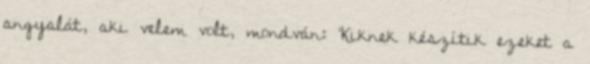
angyalát, aki velem volt, mondván: ‘Kiknek készítik ezeket a